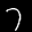
Label: 7